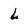
Character: L